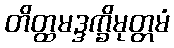
တိတ္ထမဒ္ဒက္ခိမုတ္တမံ